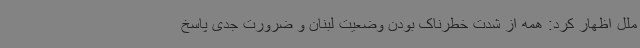
ملل اظهار کرد: همه از شدت خطرناک بودن وضعیت لبنان و ضرورت جدی پاسخ